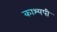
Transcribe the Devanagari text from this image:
काश्यपी